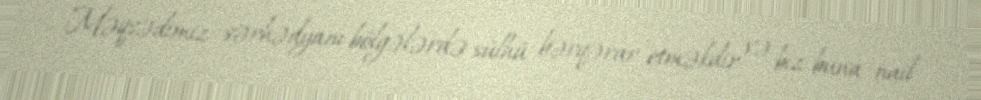
Məqsədimiz sərhədyanı bölgələrdə sülhü bərqərar etməkdir və biz buna nail